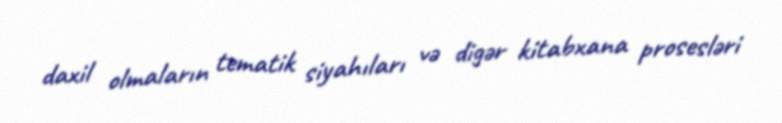
daxil olmaların tematik siyahıları və digər kitabxana prosesləri